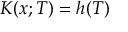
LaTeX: K ( x ; T ) = h ( T )